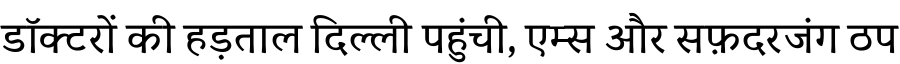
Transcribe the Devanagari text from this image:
डॉक्टरों की हड़ताल दिल्ली पहुंची, एम्स और सफ़दरजंग ठप